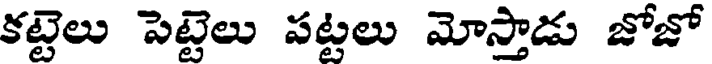
కట్టెలు పెట్టెలు పట్టలు మోస్తాడు జోజో